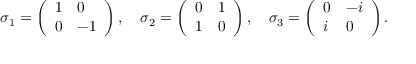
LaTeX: \sigma _ { 1 } = \left( \begin{array} { l l } { { 1 } } & { { 0 } } \\ { { 0 } } & { { - 1 } } \end{array} \right) , \quad \sigma _ { 2 } = \left( \begin{array} { l l } { { 0 } } & { { 1 } } \\ { { 1 } } & { { 0 } } \end{array} \right) , \quad \sigma _ { 3 } = \left( \begin{array} { l l } { { 0 } } & { { - i } } \\ { { i } } & { { 0 } } \end{array} \right) .